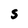
Character: S